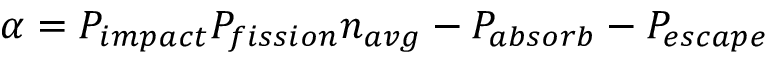
\alpha = P _ { i m p a c t } P _ { f i s s i o n } n _ { a v g } - P _ { a b s o r b } - P _ { e s c a p e }